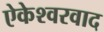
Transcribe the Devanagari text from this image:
ऐकेश्वरवाद